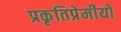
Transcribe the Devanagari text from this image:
प्रकृतिप्रेमीयों